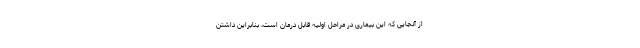
از آنجایی که این بیماری در مراحل اولیه قابل درمان است، بنابراین داشتن